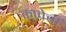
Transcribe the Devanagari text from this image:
कावेची